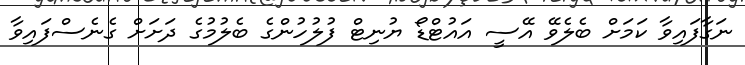
ނަގާފައިވާ ކަމަށް ބެލެވޭ އޭސީ އައުޓްޑޯ ޔުނިޓް ފުލުހުންގެ ބެލުމުގެ ދަށަށް ގެނެސްފައިވާ